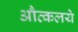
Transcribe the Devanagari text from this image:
औत्कलये